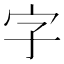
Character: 字